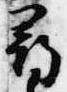
尋